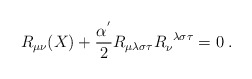
\begin{align*}R_{\mu\nu}(X)+\frac{\alpha^{'}}{2}R_{\mu\lambda\sigma\tau}R_{\nu}^{\;\;\lambda\sigma\tau}= 0\;.\end{align*}